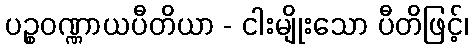
ပဉ္စဝဏ္ဏာယပီတိယာ - ငါးမျိုးသော ပီတိဖြင့်၊